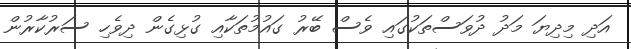
އަދި މިދިޔަ މަދު ދުވަސްތަކުގައި ވެސް ބޭރު ގައުމުތަކާއި ގުޅިގެން ދިވެހި ސަރުކާރުން